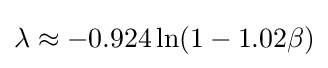
\lambda \approx -0.924\ln(1-1.02\beta )